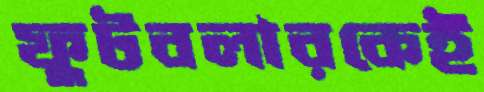
ফুটবলারকেই